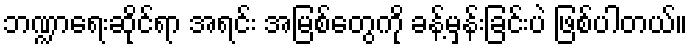
ဘဏ္ဍာရေးဆိုင်ရာ အရင်း အမြစ်တွေကို ခန့်မှန်းခြင်းပဲ ဖြစ်ပါတယ်။